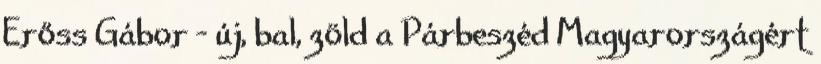
Erőss Gábor - új, bal, zöld a Párbeszéd Magyarországért